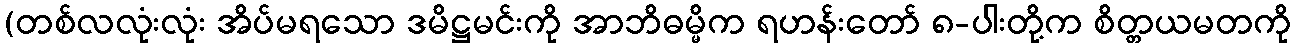
(တစ်လလုံးလုံး အိပ်မရသော ဒမိဋ္ဌမင်းကို အာဘိဓမ္မိက ရဟန်းတော် ၈-ပါးတို့က စိတ္တယမတကို